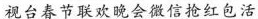
视台春节联欢晚会微信抢红包活